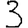
Digit: 3